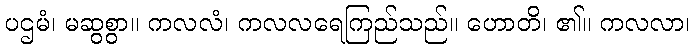
ပဌမံ၊ မဆွစွာ။ ကလလံ၊ ကလလရေကြည်သည်။ ဟောတိ၊ ၏။ ကလလာ၊